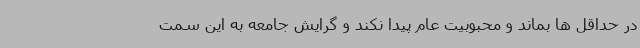
در حداقل ها بماند و محبوبیت عام پیدا نکند و گرایش جامعه به این سمت